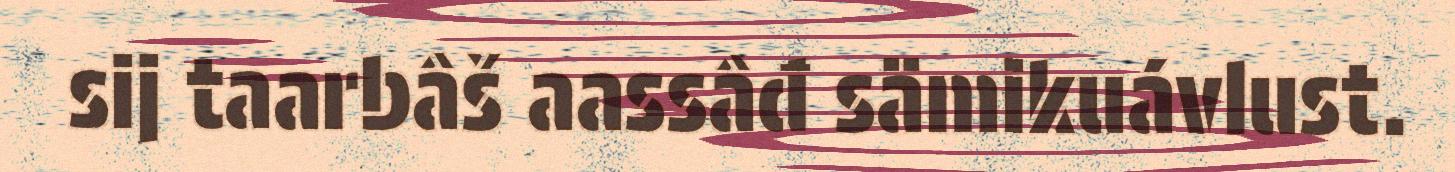
sij taarbâš aassâđ sämikuávlust.